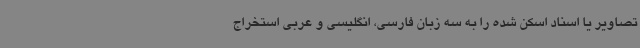
تصاویر یا اسناد اسکن شده را به سه زبان فارسی، انگلیسی و عربی استخراج